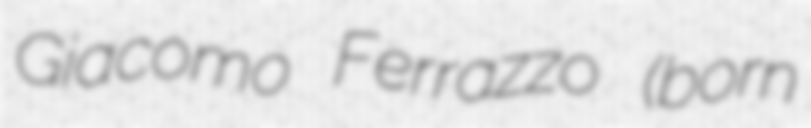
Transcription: Giacomo Ferrazzo (born